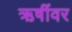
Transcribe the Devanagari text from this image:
ऋषींवर